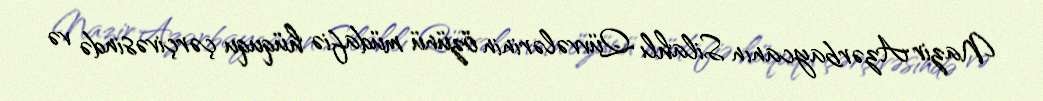
Nazir Azərbaycanın Silahlı Qüvvələrinin özünü müdafiə hüququ çərçivəsində və